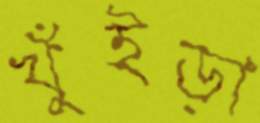
খুঁইড়া